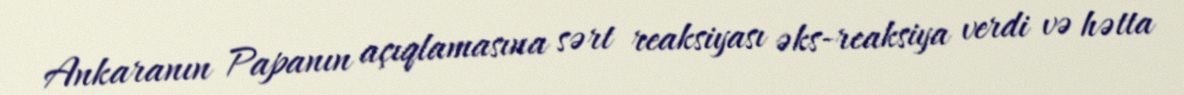
Ankaranın Papanın açıqlamasına sərt reaksiyası əks-reaksiya verdi və hətta